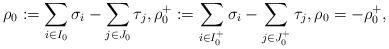
LaTeX: \begin{align*} \rho_0 := \sum_{i \in I_0} \sigma_i - \sum_{j \in J_0} \tau_j, \rho_0^+ := \sum_{i \in I_0^+} \sigma_i - \sum_{j \in J_0^+} \tau_j, \rho_0 = - \rho_0^+, \end{align*}